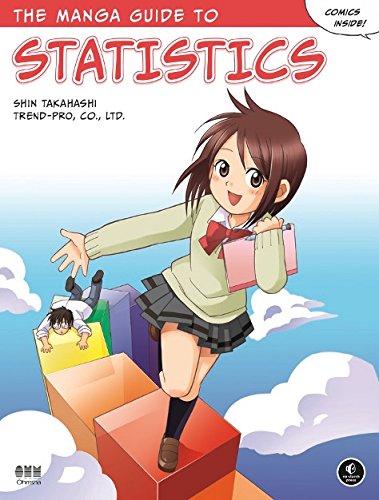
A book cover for The Manga Guide to Statistics; Shin Takahashi; Comics & Graphic Novels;